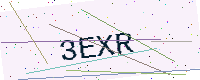
Text: 3EXR